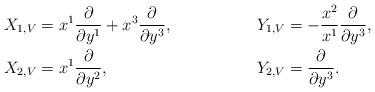
LaTeX: \begin{align*}& X_{1,V}=x^1\dfrac{\partial}{\partial y^1}+x^3\dfrac{\partial}{\partial y^3},&& Y_{1,V}=-\dfrac{x^2}{x^1}\dfrac{\partial}{\partial y^3},\\ & X_{2, V}=x^1\dfrac{\partial}{\partial y^2}, && Y_{2, V}=\dfrac{\partial}{\partial y^3}.\end{align*}